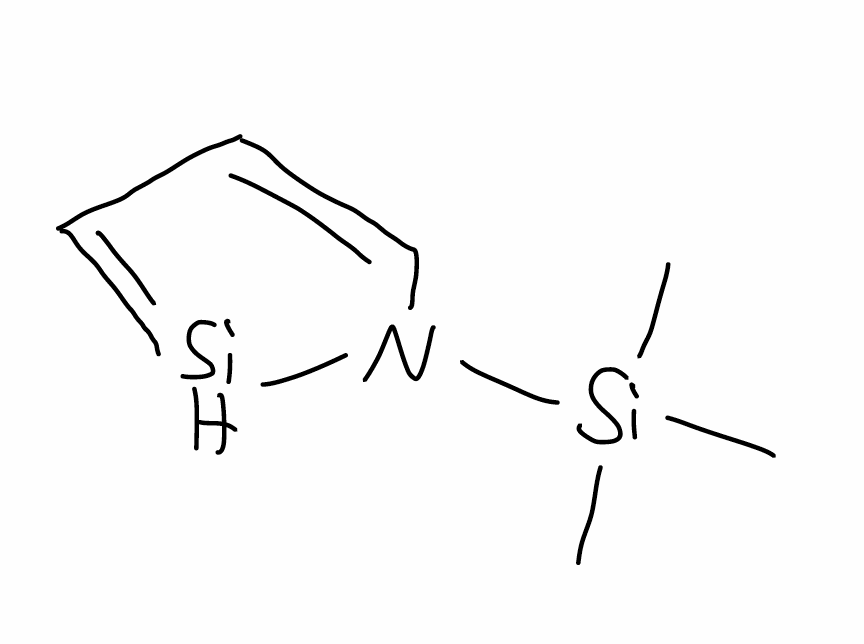
Simplified molecular-input line-entry system (SMILES) notation of the given molecule:
C[Si](C)(C)N1C=CC=[SiH]1